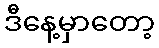
ဒီနေ့မှာတော့